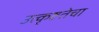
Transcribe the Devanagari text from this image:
उत्कृष्टतेचा